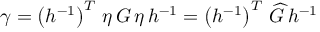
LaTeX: \gamma = \left( h ^ { - 1 } \right) ^ { T } \, \eta \, G \, \eta \, h ^ { - 1 } = \left( h ^ { - 1 } \right) ^ { T } \, \widehat { G } \, h ^ { - 1 }